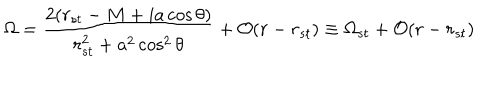
LaTeX: \Omega = \frac { 2 ( r _ { s t } - M + i a \cos \theta ) } { r _ { s t } ^ { 2 } + a ^ { 2 } \cos ^ { 2 } \theta } + { \cal O } ( r - r _ { s t } ) \equiv \Omega _ { s t } + { \cal O } ( r - r _ { s t } )